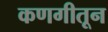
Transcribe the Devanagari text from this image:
कणगीतून